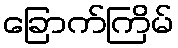
ခြောက်ကြိမ်